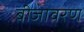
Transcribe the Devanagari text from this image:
बीजावरण